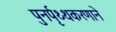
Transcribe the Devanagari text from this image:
पुनर्पृथ्थकरणाने